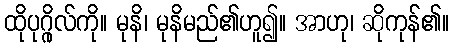
ထိုပုဂ္ဂိုလ်ကို။ မုနိ၊ မုနိမည်၏ဟူ၍။ အာဟု၊ ဆိုကုန်၏။